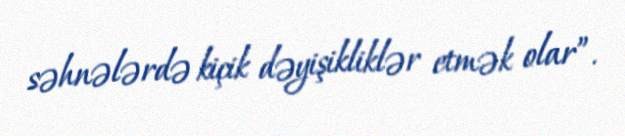
səhnələrdə kiçik dəyişikliklər etmək olar”.